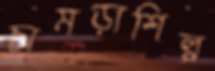
চামড়াশিল্প